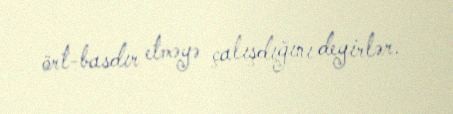
ört-basdır etməyə çalışdığını deyirlər.